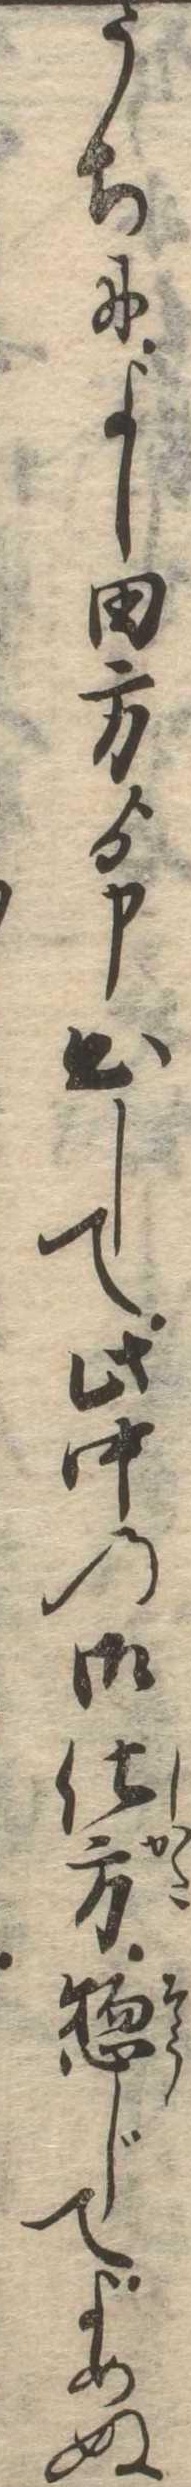
うちによし田方ゟ申出して此中の御仕方惣じてよめぬ